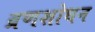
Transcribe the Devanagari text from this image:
व्रणशोधन